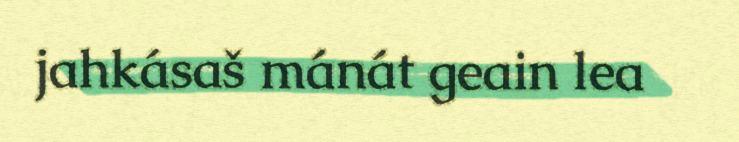
jahkásaš mánát geain lea